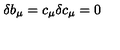
\delta b _ { \mu } = c _ { \mu } \delta c _ { \mu } = 0